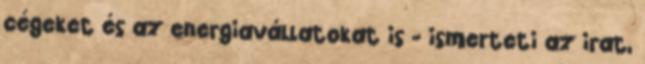
cégeket és az energiavállatokat is - ismerteti az irat,